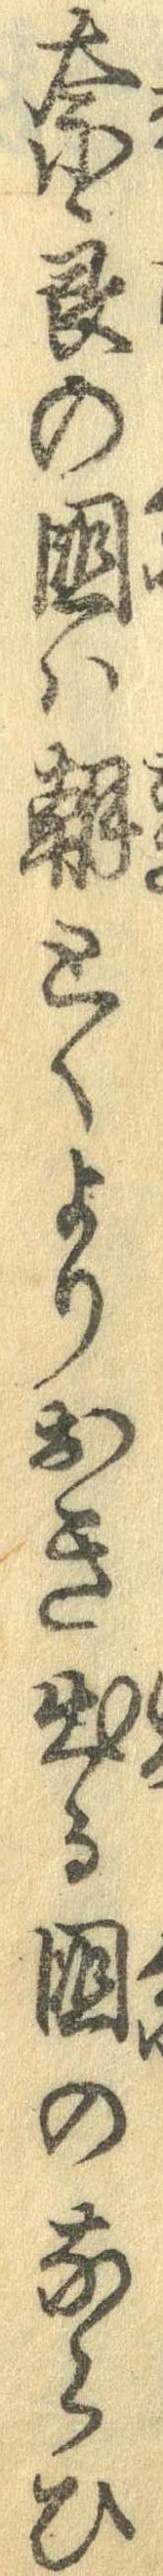
奈良の国は朝とくよりおき出る国のならひ